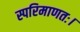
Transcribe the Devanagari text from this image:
स्परिमाणतः।